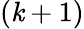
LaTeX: (\mathit{k}+1)